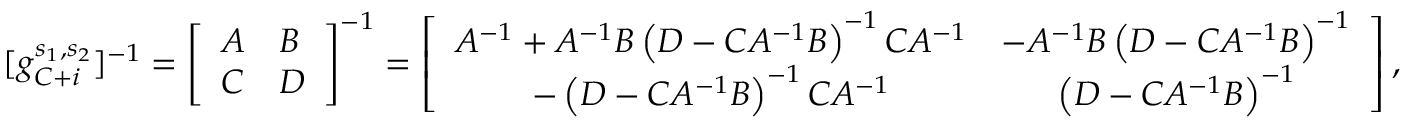
[ g _ { C + i } ^ { s _ { 1 } , s _ { 2 } } ] ^ { - 1 } = \left[ \begin{array} { l l } { A } & { B } \\ { C } & { D } \end{array} \right] ^ { - 1 } = \left[ \begin{array} { c c } { A ^ { - 1 } + A ^ { - 1 } B \left( D - C A ^ { - 1 } B \right) ^ { - 1 } C A ^ { - 1 } } & { - A ^ { - 1 } B \left( D - C A ^ { - 1 } B \right) ^ { - 1 } } \\ { - \left( D - C A ^ { - 1 } B \right) ^ { - 1 } C A ^ { - 1 } } & { \left( D - C A ^ { - 1 } B \right) ^ { - 1 } } \end{array} \right] ,